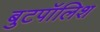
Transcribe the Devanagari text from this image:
बुटपॉलिश